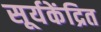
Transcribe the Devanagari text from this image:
सूर्यकेंद्रित